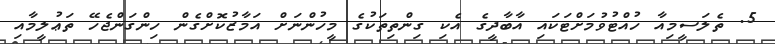
5. ތެލަސީމިއާ ހުއްޓުވުމަށްޓަކައި އާބާދީގެ އެކި ގިންތިތަކުގެ މީހުންނަށް އަމާޒުކޮށްގެން ހިންގަންޖެހޭ ތަޢުލީމާއި